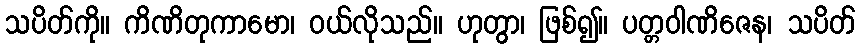
သပိတ်ကို။ ကိဏိတုကာမော၊ ဝယ်လိုသည်။ ဟုတွာ၊ ဖြစ်၍။ ပတ္တဝါဏိဇေန၊ သပိတ်